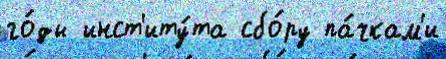
го́ды инст'иту́та сбо́ру па́чкам'и